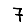
Digit: 7